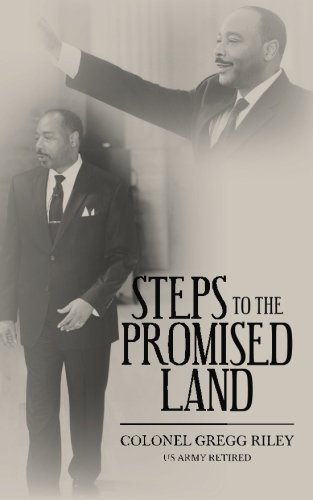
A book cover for Steps to the Promised Land; Colonel Gregg Riley; Literature & Fiction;